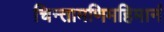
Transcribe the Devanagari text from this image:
चिन्तामणिमहिमानं